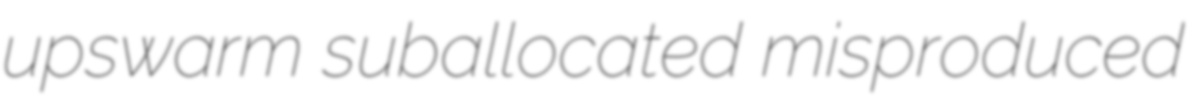
upswarm suballocated misproduced